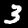
Label: 3